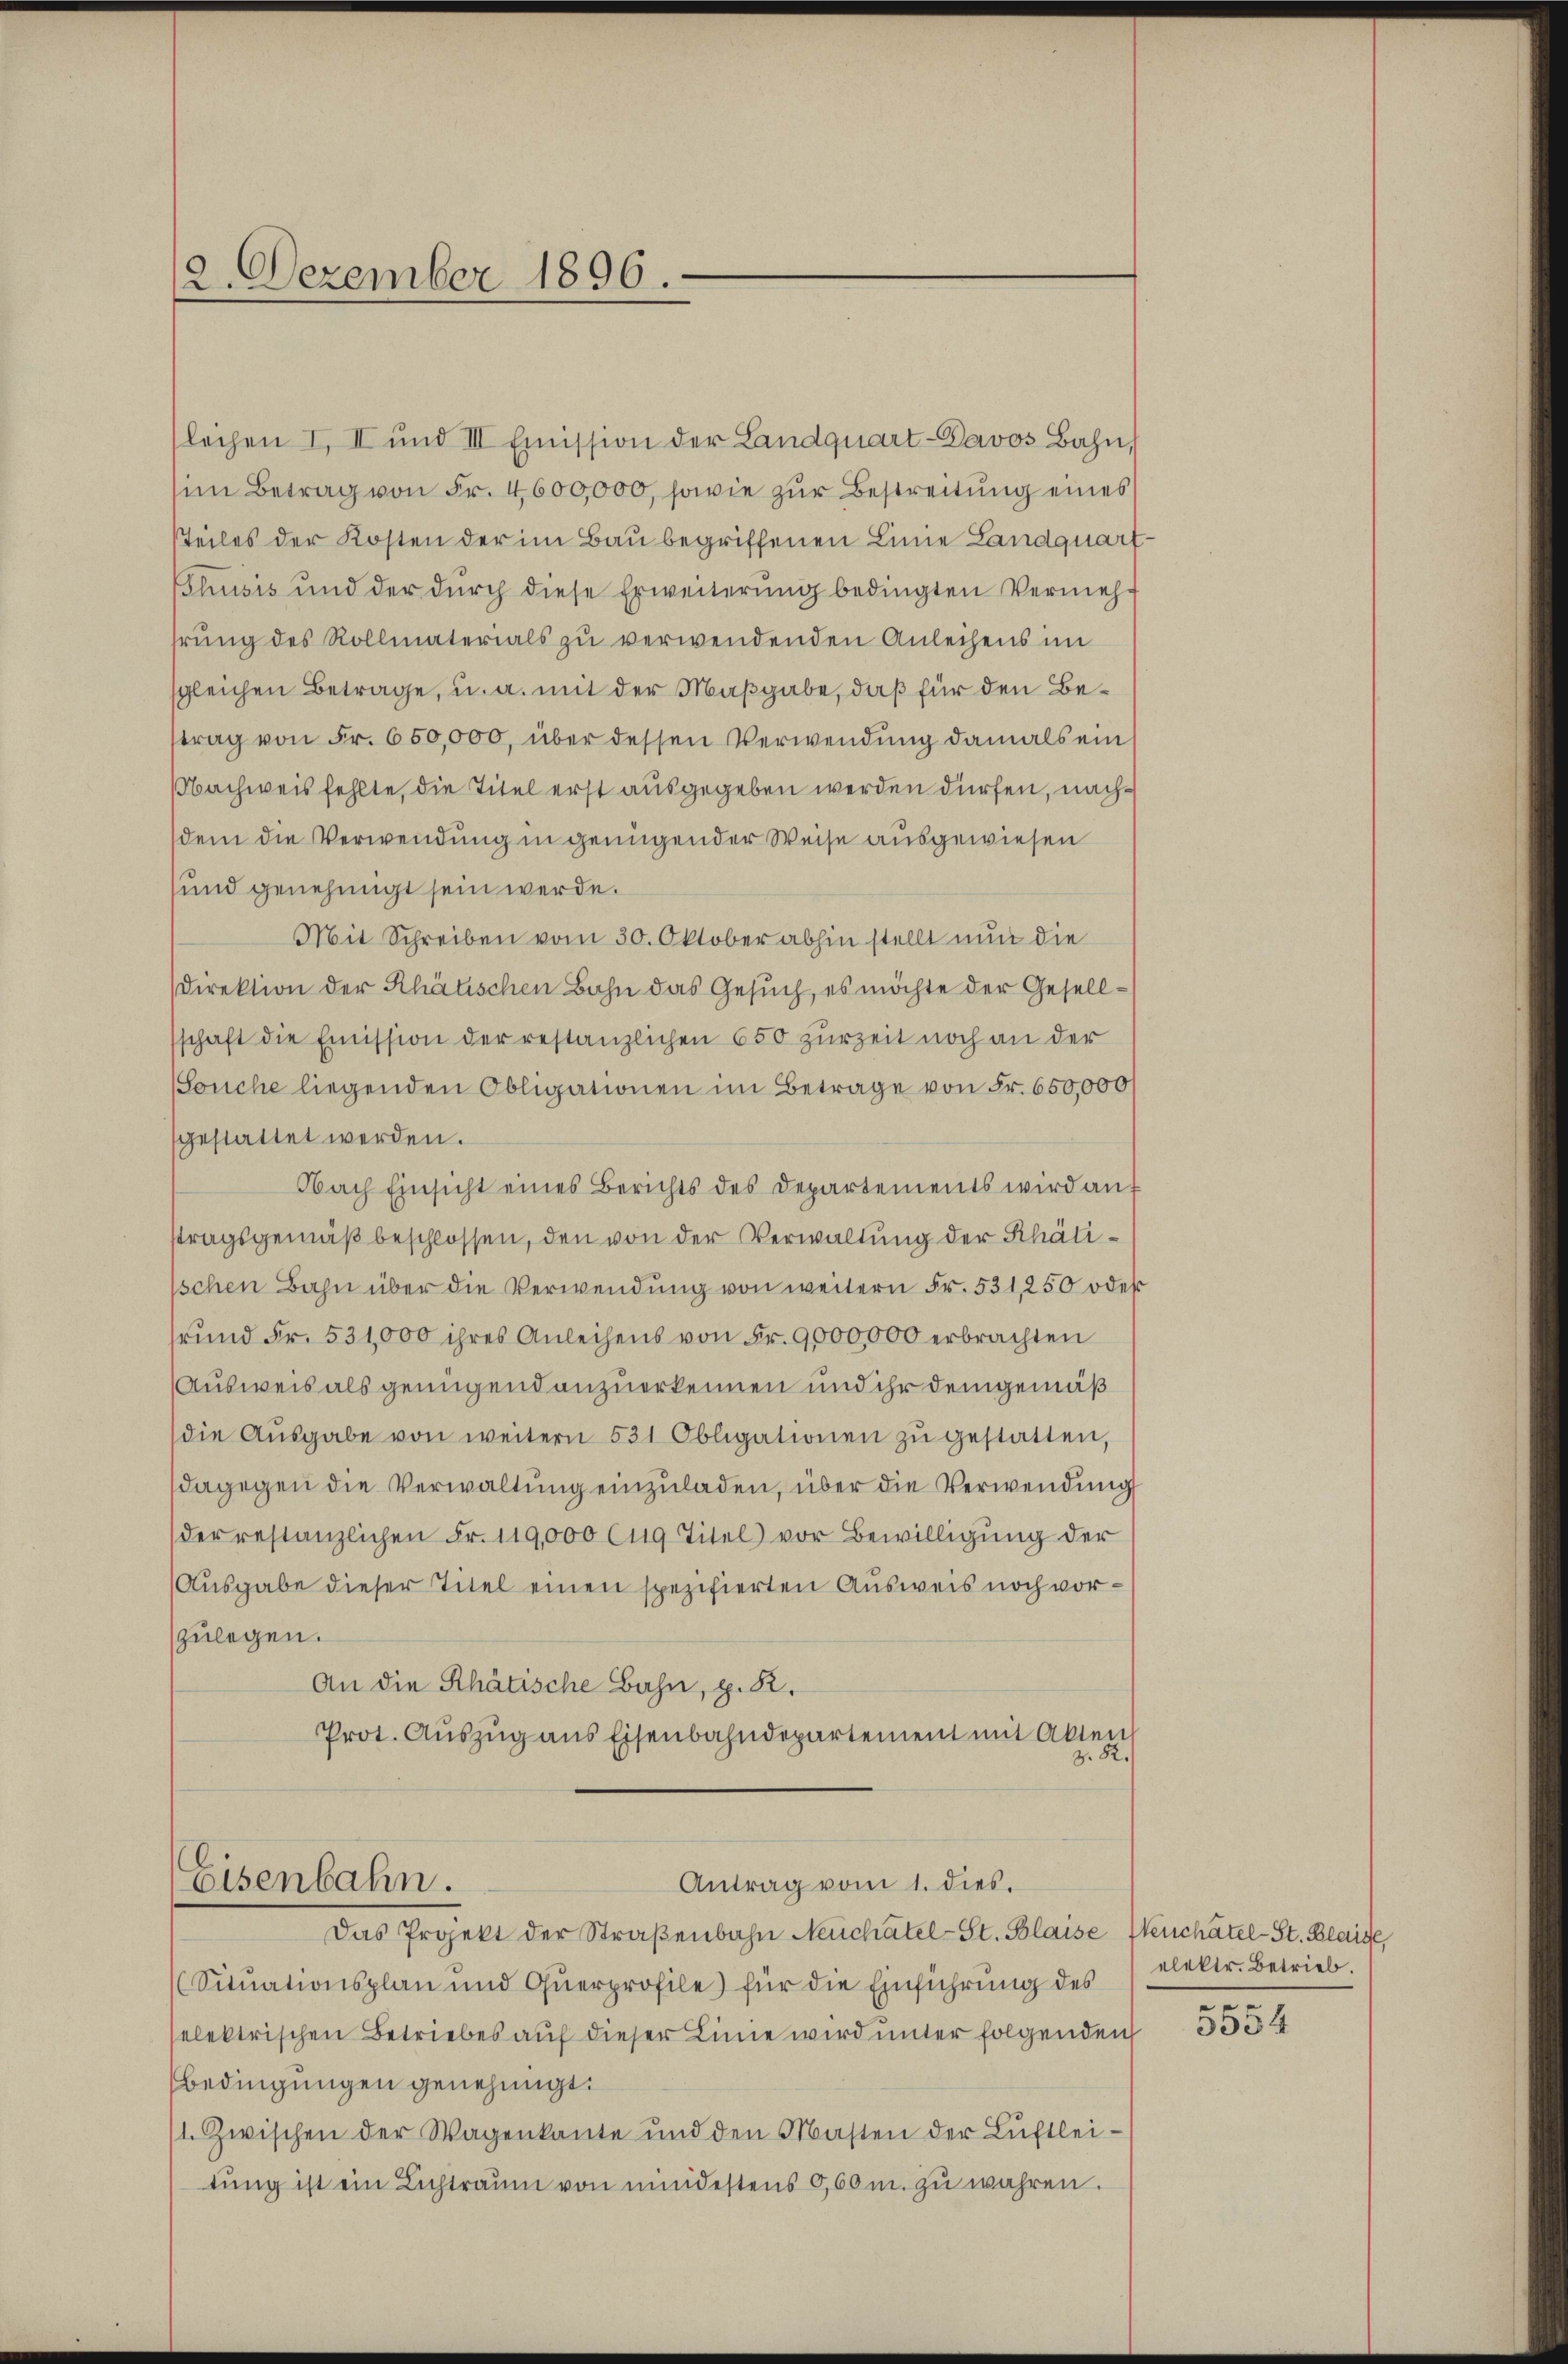
12. Dezember 1896.

lechen I. II und III Emission der Landquart-Davos Bahn,
m Betrag von Fr. 4600,000, sowie zŭr Bestreitung eines
teiles der Kosten der im Bau begriffenen Linie Landquart
Thusis und der dŭrch diese Erweiterŭng bedingten Vermehr
hrung des Rollmaterials zu verwendenden Anleihens im
sgleichen Betrage, u. a. mit der Maßgabe, daß für den Betrag von Fr. 650,000, über dessen Verwendung damals ein
Nachweis fehlte, die Titel erst ausgegeben werden dürfen, nachdem die Verwendung in genügender Weise ausgewiesen
sund genehmigt sein werde.
Mit Schreiben vom 30. Oktober abhin stellt nun die
Direktion der Rhätischen Bahn das Gesuch, es möchte der Gesellsschaft die Emission der restanzlichen 650 zurzeit noch an der
Souche liegenden Obligationen im Betrage von Fr. 650,000
sgestattet werden.
Nach Einsicht eines Berichts des Departements wird an
stragsgemäß beschlossen, den von der Verwaltung der Rhätiischen Bahn über die Verwendung von weitern Fr. 531, 250 oder
rund Fr. 531,000 ihres Anleihens von Fr. 9000,000 erbrachten
Ausweis als genügend anzuerkennen und ihr demgemäß
(die Aŭsgabe von weitern 531 Obligationen zŭ gestatten,
dagegen die Verwaltung einzuladen, über die Verwendung
der restanzlichen Fr. 119,000 Cug Titel vor Bewilligung der
Ausgabe dieser Titel einen spezifierten Ausweis noch vorzulegen.
An die Rhätische Bahn, z. R.
Prot. Aŭszŭg ans Eisenbahndepartement mit Akten
z. 82.

Eisenbahn.
Antrag vom 1. dies.
Das Projekt der Straβenbahn Neuchâtel-St. Polaise Heuchâtel-St. Blaisse,

Situationsplan und Querprofile) für die Einführung des
elektrischen Betriebes auf dieser Linie wird unter folgenden 334
Bedingungen genehmigt.
(1. Zwischen der Wagenkante und den Masten der Luftlei-
tŭng ist ein Lichtraŭm von mindestens 0,60 m. zu wahren.

elektr. Betrieb.
e